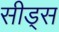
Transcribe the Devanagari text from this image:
सीड्‌स